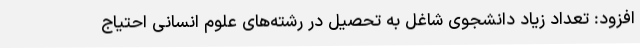
افزود: تعداد زیاد دانشجوی شاغل به تحصیل در رشته‌های علوم انسانی احتیاج